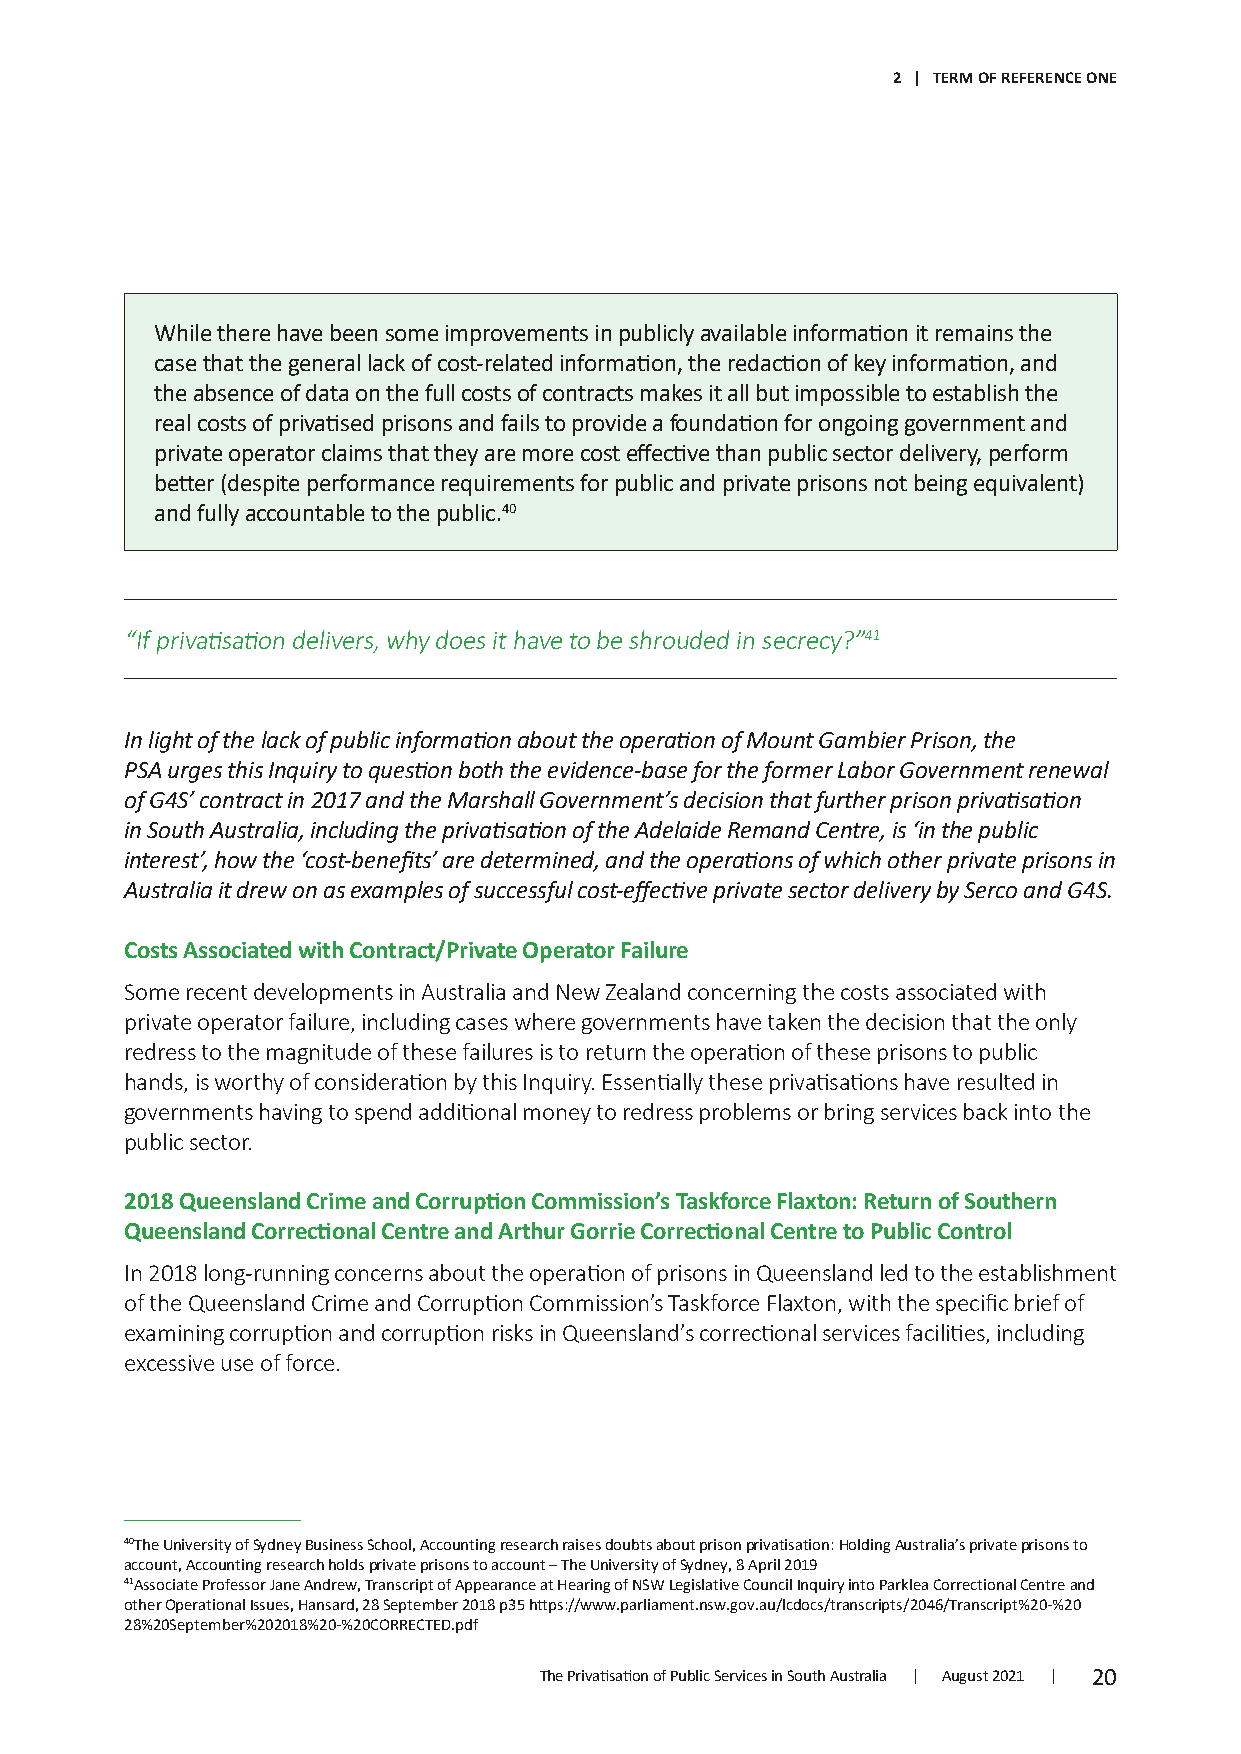
2 | TERM OF REFERENCE ONE
 While there have been some improvements in publicly available information it remains the
 case that the general lack of cost-related information, the redaction of key information, and
 the absence of data on the full costs of contracts makes it all but impossible to establish the
 real costs of privatised prisons and fails to provide a foundation for ongoing government and
 private operator claims that they are more cost effective than public sector delivery, perform
 better (despite performance requirements for public and private prisons not being equivalent)
 and fully accountable to the public.40
 “If privatisation delivers, why does it have to be shrouded in secrecy?”41
 In light of the lack of public information about the operation of Mount Gambier Prison, the
 PSA urges this Inquiry to question both the evidence-base for the former Labor Government renewal
 of G4S’ contract in 2017 and the Marshall Government’s decision that further prison privatisation
 in South Australia, including the privatisation of the Adelaide Remand Centre, is ‘in the public
 interest’, how the ‘cost-benefits’ are determined, and the operations of which other private prisons in
 Australia it drew on as examples of successful cost-effective private sector delivery by Serco and G4S.
 Costs Associated with Contract/Private Operator Failure
 Some recent developments in Australia and New Zealand concerning the costs associated with
 private operator failure, including cases where governments have taken the decision that the only
 redress to the magnitude of these failures is to return the operation of these prisons to public
 hands, is worthy of consideration by this Inquiry. Essentially these privatisations have resulted in
 governments having to spend additional money to redress problems or bring services back into the
 public sector.
 2018 Queensland Crime and Corruption Commission’s Taskforce Flaxton: Return of Southern
 Queensland Correctional Centre and Arthur Gorrie Correctional Centre to Public Control
 In 2018 long-running concerns about the operation of prisons in Queensland led to the establishment
 of the Queensland Crime and Corruption Commission’s Taskforce Flaxton, with the specific brief of
 examining corruption and corruption risks in Queensland’s correctional services facilities, including
 excessive use of force.
 40The University of Sydney Business School, Accounting research raises doubts about prison privatisation: Holding Australia’s private prisons to
 account, Accounting research holds private prisons to account – The University of Sydney, 8 April 2019
 41Associate Professor Jane Andrew, Transcript of Appearance at Hearing of NSW Legislative Council Inquiry into Parklea Correctional Centre and
 other Operational Issues, Hansard, 28 September 2018 p35 https://www.parliament.nsw.gov.au/lcdocs/transcripts/2046/Transcript%20-%20
 28%20September%202018%20-%20CORRECTED.pdf
 The Privatisation of Public Services in South Australia | August 2021 | 20